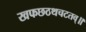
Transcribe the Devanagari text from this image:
खफछठथचटतव्॥